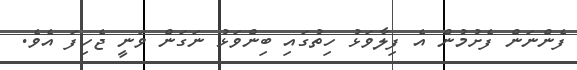
ފެންނަން ފެށުމުން އެ ފިލާވަޅު ހިތުގައި ބިންވަޅު ނަގަން ވަނީ ޖެހިފަ އެވެ.